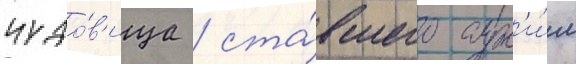
чудо́в'ища / ста́вшего сух'и́м